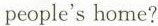
people'shome?